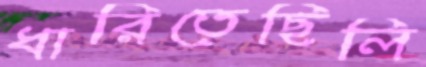
ধারিতেছিলি